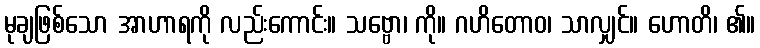
မုချဖြစ်သော အာဟာရကို လည်းကောင်း။ သဗ္ဗော၊ ကို။ ဂဟိတောဝ၊ သာလျှင်။ ဟောတိ၊ ၏။